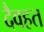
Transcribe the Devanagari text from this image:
दैवहत